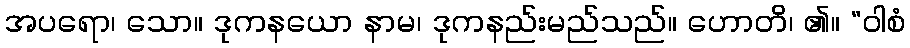
အပရော၊ သော။ ဒုကနယော နာမ၊ ဒုကနည်းမည်သည်။ ဟောတိ၊ ၏။ “ဝါစံ